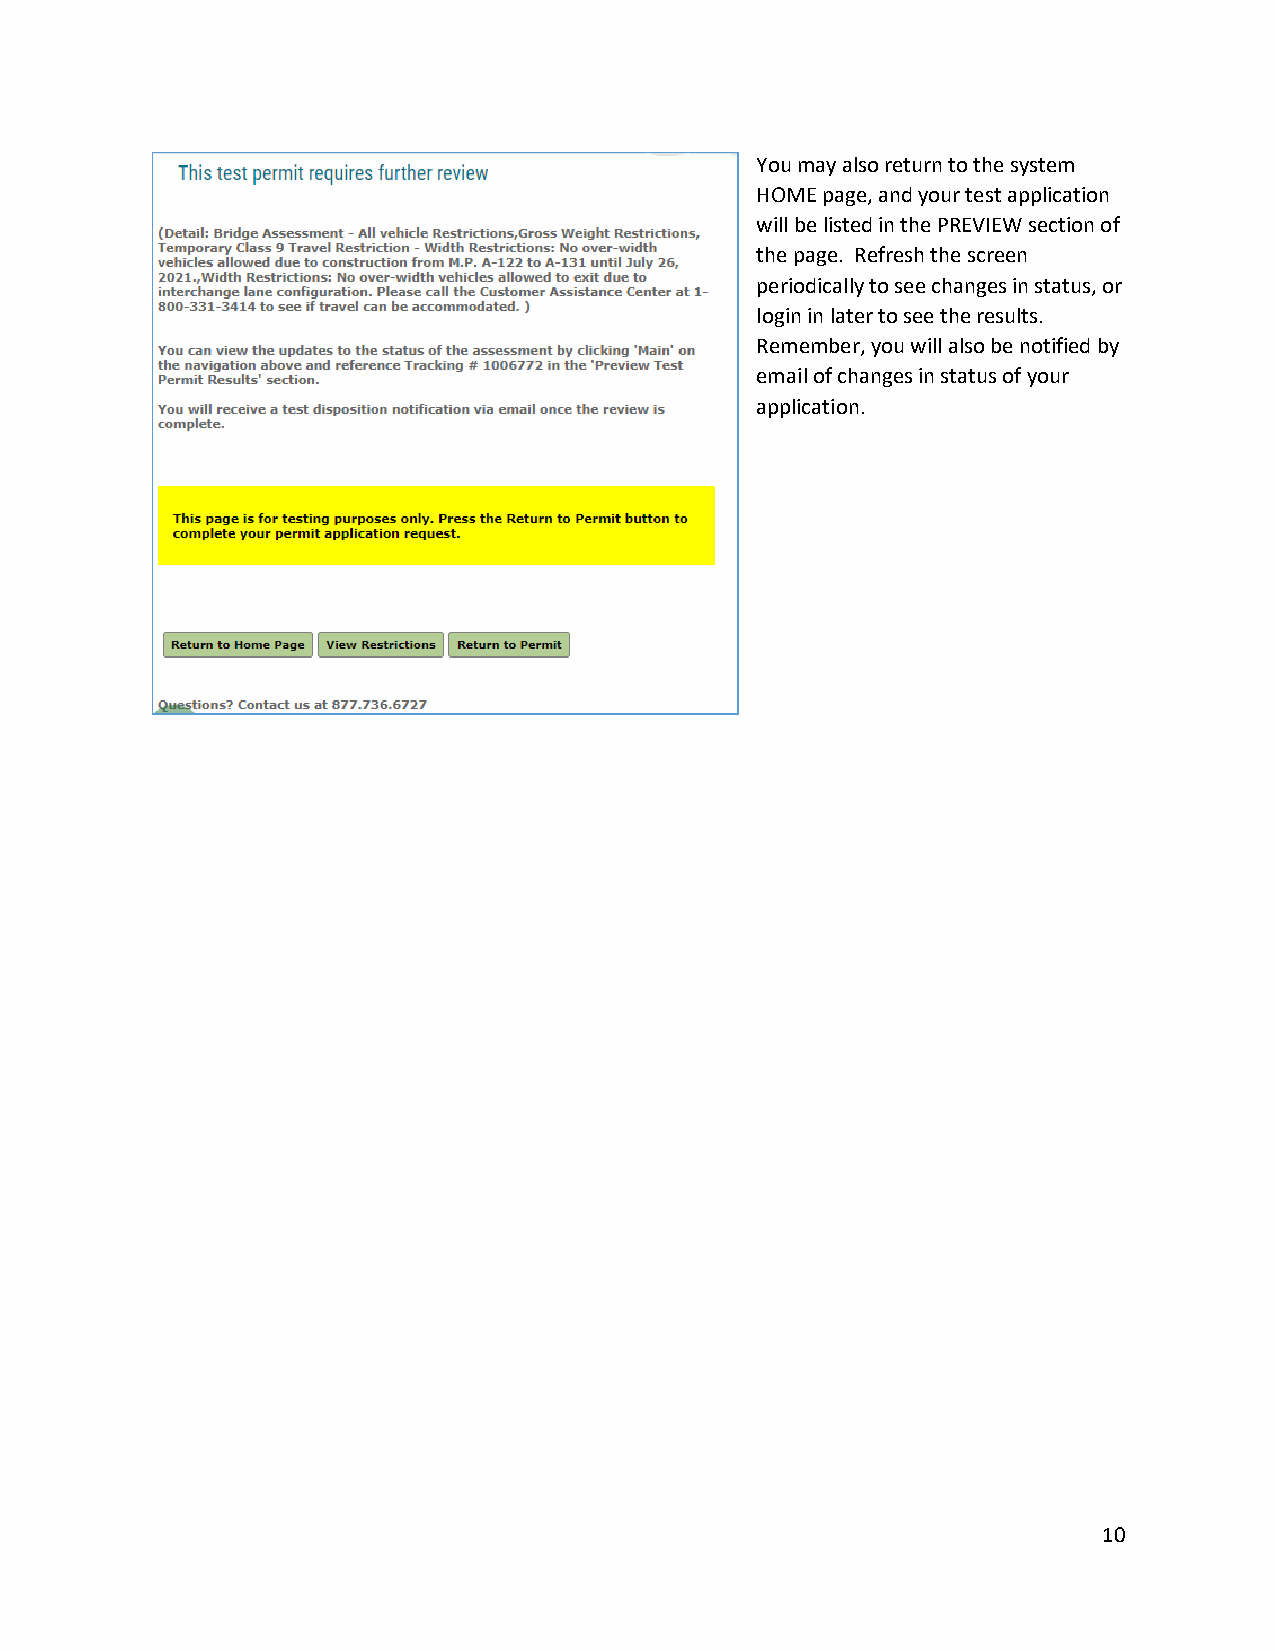
You may also return to the system
 HOME page, and your test application
 will be listed in the PREVIEW section of
 the page. Refresh the screen
 periodically to see changes in status, or
 login in later to see the results.
 Remember, you will also be notified by
 email of changes in status of your
 application.
 10